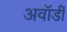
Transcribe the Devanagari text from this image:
अवॉर्डी